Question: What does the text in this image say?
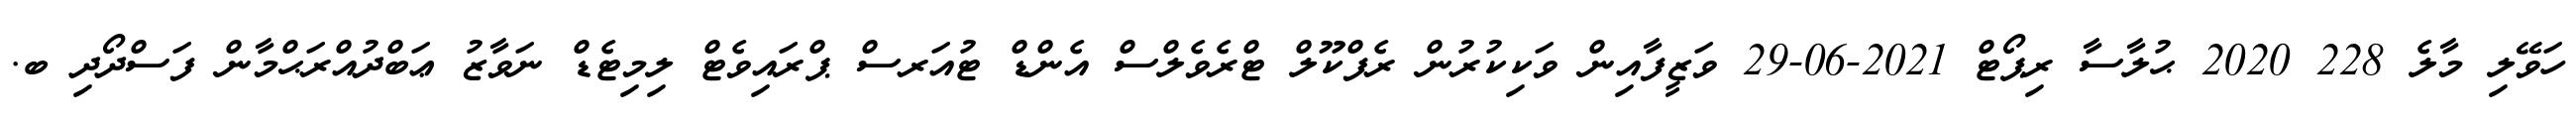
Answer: ހަވޭލި މާލެ 228 2020 ޙުލާސާ ރިޕޯޓް 2021-06-29 ވަޒީފާއިން ވަކިކުރުން ރެފްކޫލް ޓްރެވެލްސް އެންޑް ޓުއަރސް ޕްރައިވެޓް ލިމިޓެޑް ނަވާޒު ޢަބްދުއްރަޙްމާން ފަސްދޯދި ބ.